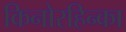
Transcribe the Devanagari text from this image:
किनोरहिन्का